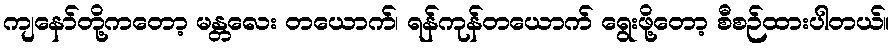
ကျနော်တို့ကတော့ မန္တလေး တယောက်၊ ရန်ကုန်တယောက် ရွေးဖို့တော့ စီစဉ်ထားပါတယ်။